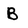
Character: B